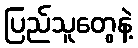
ပြည်သူတွေနဲ့